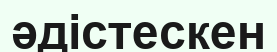
әдістескен